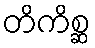
တိကိစ္ဆ